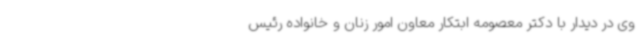
وی در دیدار با دکتر معصومه ابتکار معاون امور زنان و خانواده رئیس